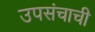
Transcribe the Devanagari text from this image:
उपसंचाची